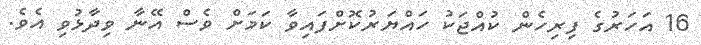
16 އަހަރުގެ ފިރިހެން ކުއްޖަކު ހައްޔަރުކޮށްފައިވާ ކަމަށް ވެސް އޭނާ ވިދާޅުވި އެވެ.